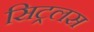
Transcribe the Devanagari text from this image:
सिट्रलस